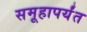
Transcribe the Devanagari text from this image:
समूहापर्यंत